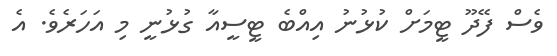
ވެސް ފޭދޫ ޓީމަށް ކުޅުނު އިއްބެ ޓީސީއާ ގުޅުނީ މި އަހަރެވެ. އެ